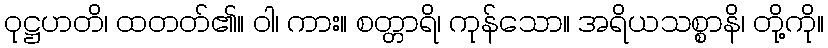
ဝုဋ္ဌဟတိ၊ ထတတ်၏။ ဝါ၊ ကား။ စတ္တာရိ၊ ကုန်သော။ အရိယသစ္စာနိ၊ တို့ကို။